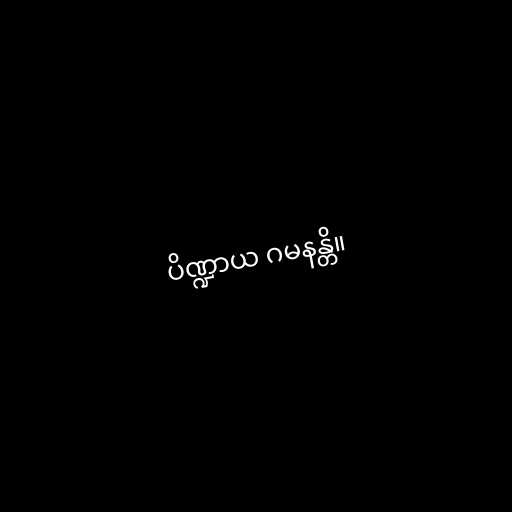
ပိဏ္ဍာယ ဂမနန္တိ။